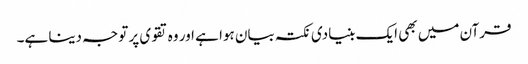
قرآن میں بھی ایک بنیادی نکتہ بیان ہوا ہے اور وہ تقوی پر توجہ دینا ہے۔